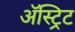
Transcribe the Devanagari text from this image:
अॅस्ट्रिट